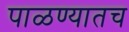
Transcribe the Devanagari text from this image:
पाळण्यातच